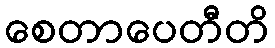
စေတာပေတီတိ